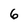
Character: 6